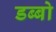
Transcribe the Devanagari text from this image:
डब्बो